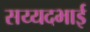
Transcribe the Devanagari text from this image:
सय्यदभाई